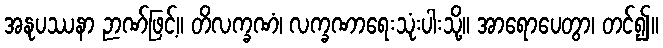
အနုပဿနာ ဉာဏ်ဖြင့်။ တိလက္ခဏံ၊ လက္ခဏာရေးသုံးပါးသို့။ အာရောပေတွာ၊ တင်၍။